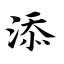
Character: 添